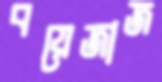
বয়েজাজ